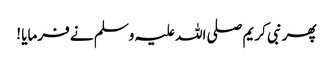
پھر نبی کریم صلی اللہ علیہ وسلم نے فرمایا !